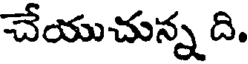
చేయుచున్న ది.